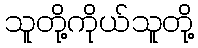
သူတို့ကိုယ်သူတို့